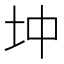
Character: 𡉥